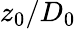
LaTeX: z_{0}/D_{0}